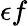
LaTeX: \epsilon f